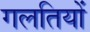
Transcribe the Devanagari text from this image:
गलतियों